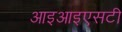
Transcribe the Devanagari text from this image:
आइआइएसटी